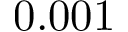
0 . 0 0 1